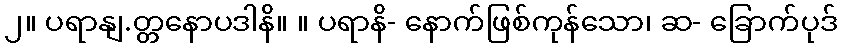
၂။ ပရာနျ.တ္တနောပဒါနိ။ ။ ပရာနိ- နောက်ဖြစ်ကုန်သော၊ ဆ- ခြောက်ပုဒ်